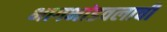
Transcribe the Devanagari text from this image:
भागभांडवलाची